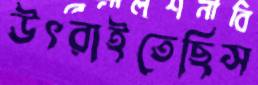
উৎরাইতেছিস